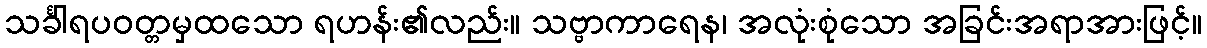
သင်္ခါရပဝတ္တမှထသော ရဟန်း၏လည်း။ သဗ္ဗာကာရေန၊ အလုံးစုံသော အခြင်းအရာအားဖြင့်။